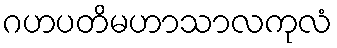
ဂဟပတိမဟာသာလကုလံ